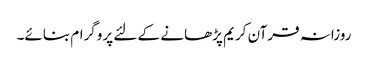
روزانہ قرآن کریم پڑھانے کے لئے پروگرام بنائے۔